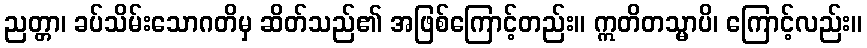
ညတ္တာ၊ ခပ်သိမ်းသောဂတိမှ ဆိတ်သည်၏ အဖြစ်ကြောင့်တည်း။ ဣတိတသ္မာပိ၊ ကြောင့်လည်း။